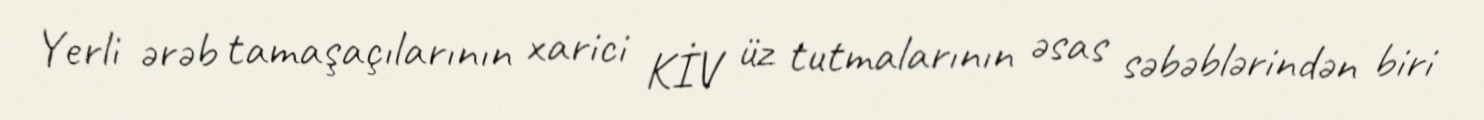
Yerli ərəb tamaşaçılarının xarici KİV üz tutmalarının əsas səbəblərindən biri